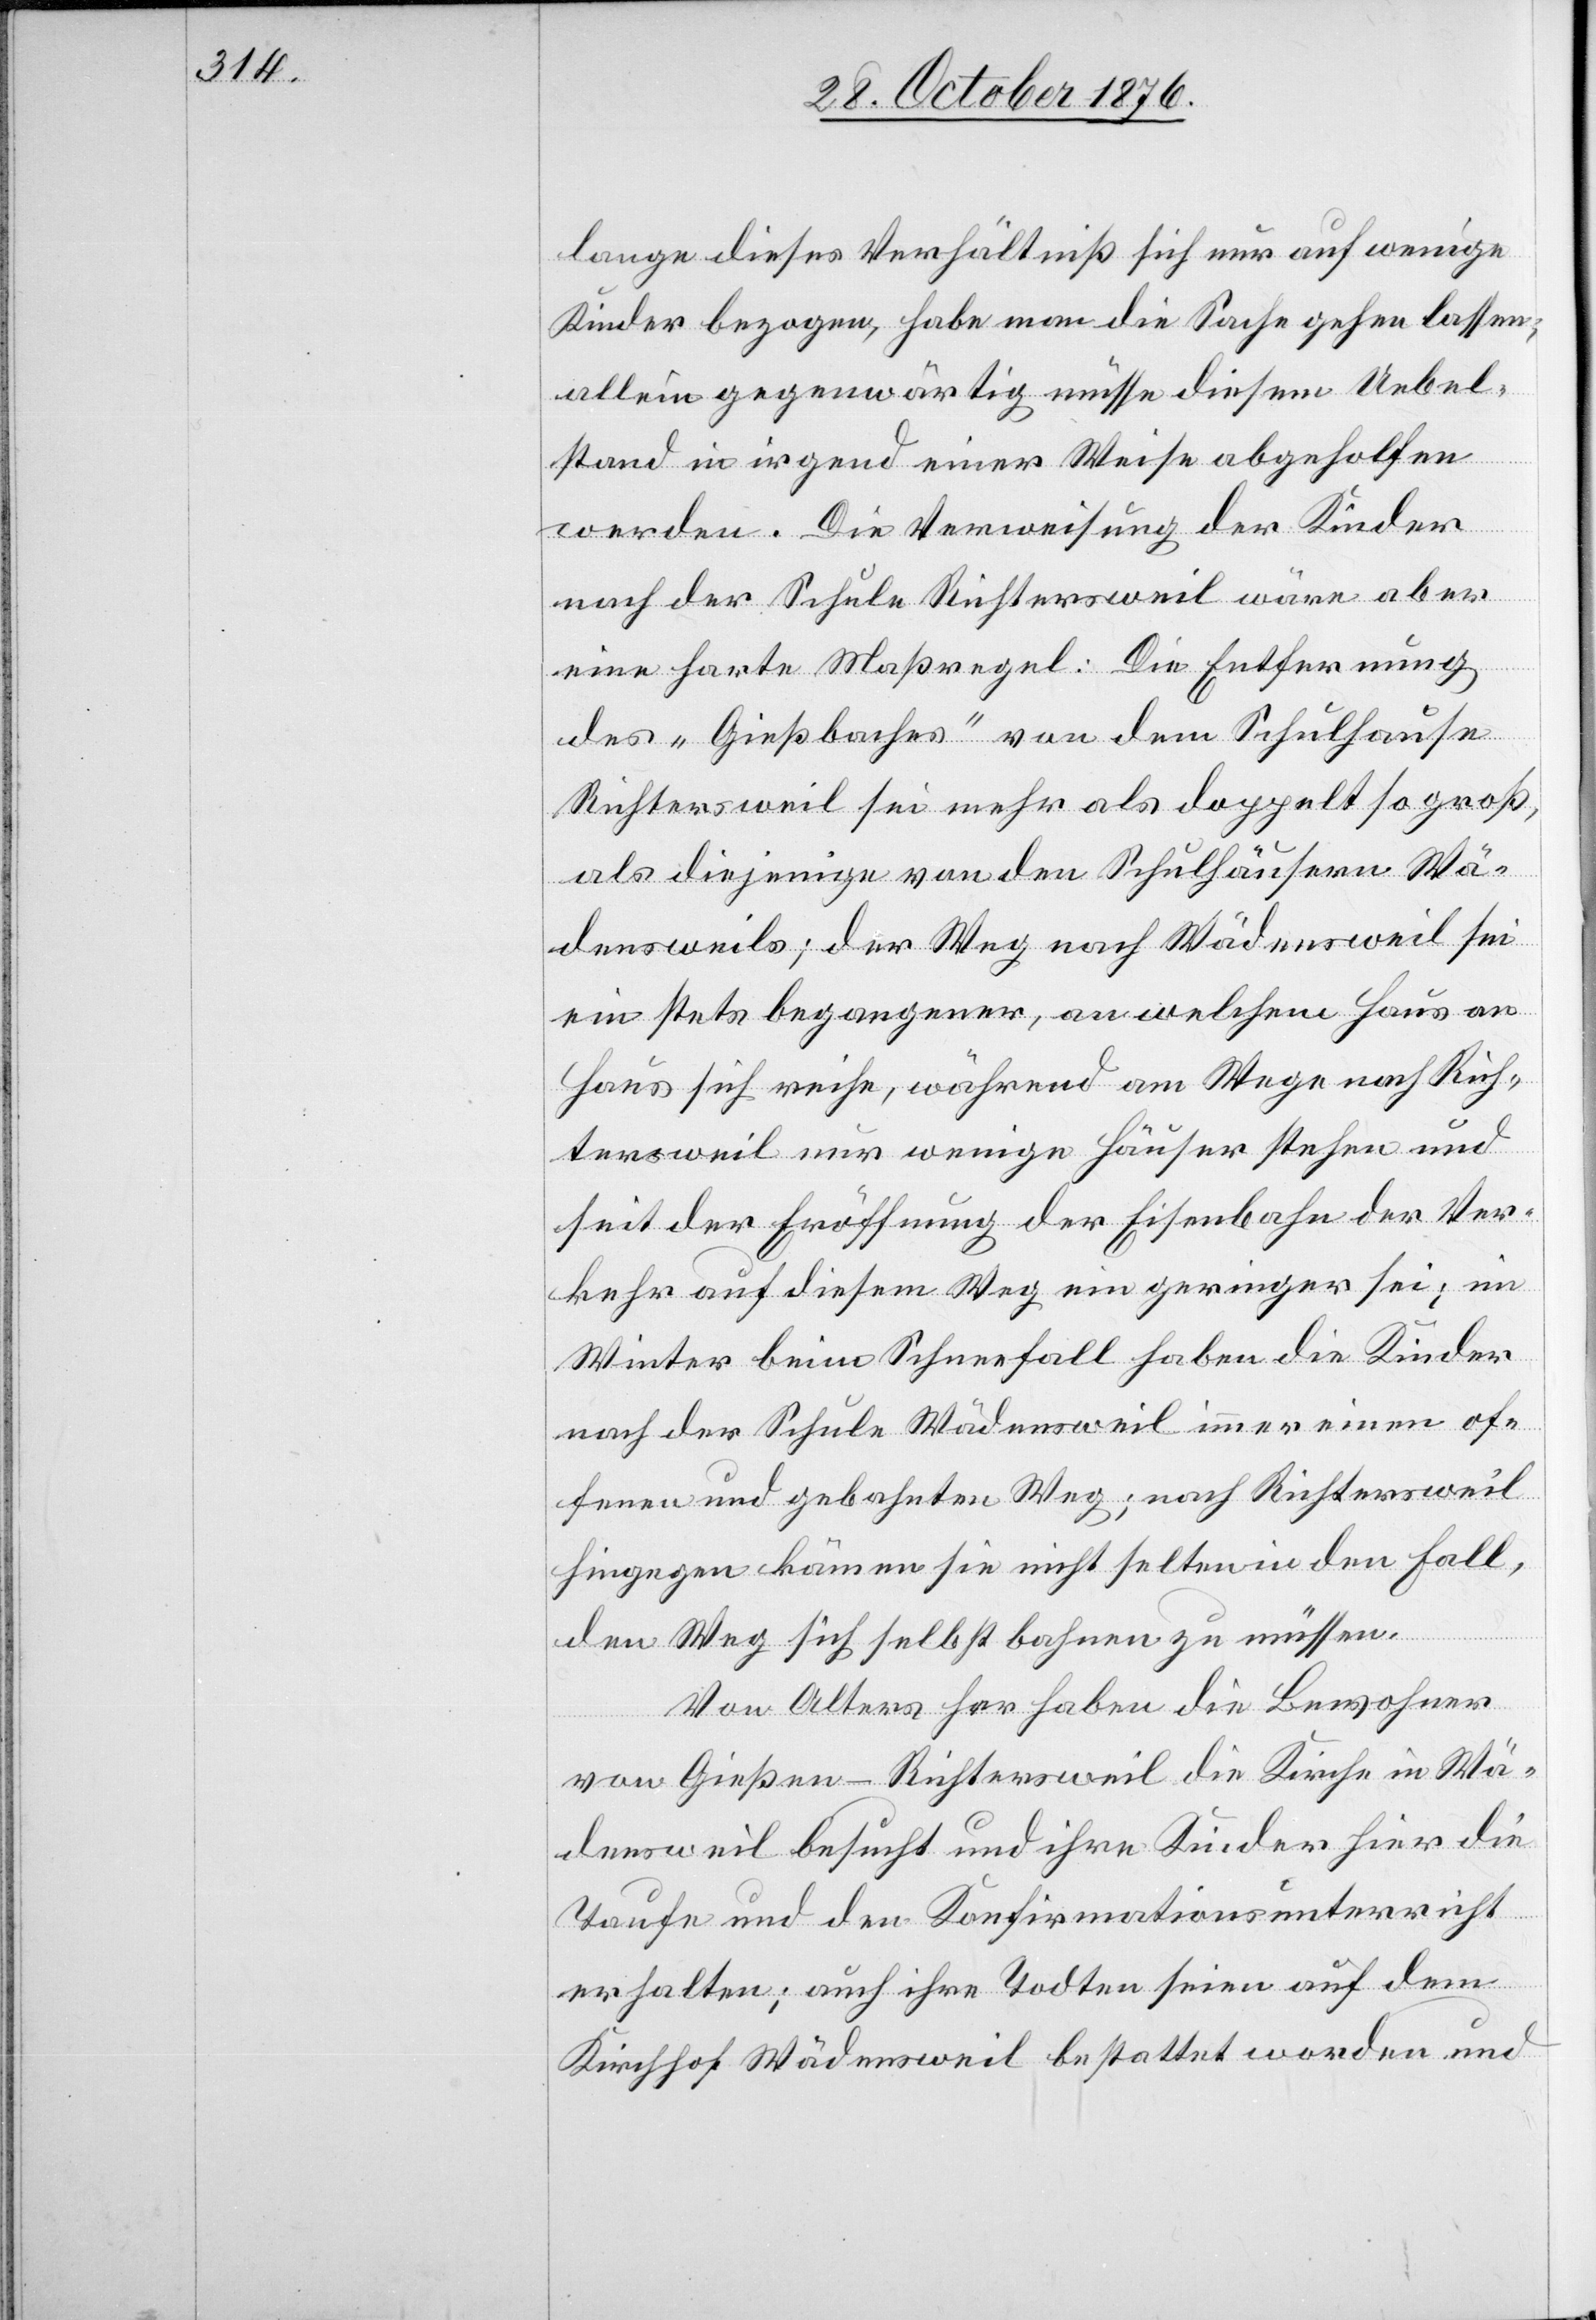
lange dieses Verhältniß sich nur auf wenige
Kinder bezogen, habe man die Sache gehen lassen;
Allein gegenwärtig müsse diesem Uebel¬
stand in irgend einer Weise abgeholfen
werden. Die Verweisung der Kinder
nach der Schule Richtersweil wäre aber
eine harte Maßregel: Die Entfernung
des „Gießbaches“ von dem Schulhause
Richtersweil sei mehr als doppelt so groß,
als diejenige von den Schulhäusern Wä¬
densweils; der Weg nach Wädensweil sei
ein stets begangener, an welchem Haus an
Haus sich reihe, während am Wege nach Rich¬
tersweil nur wenige Häuser stehen und
seit der Eröffnung der Eisenbahn der Ver¬
kehr auf diesem Weg ein geringer sei; im
Winter beim Schneefall haben die Kinder
nach der Schule Wädensweil immer einen of¬
fenen und gebahnten Weg; nach Richterweil
hingegen kämen sie nicht selten in den Fall,
den Weg sich selbst bahnen zu müssen.
Von Alters her haben die Bewohner
von Gießen - Richtersweil die Kirche in Wä¬
densweil besucht und ihre Kinder hier die
Taufe und den Konfirmationsunterricht
erhalten; auch ihre Todten seien auf dem
Kirchhof Wädensweil bestattet worden und